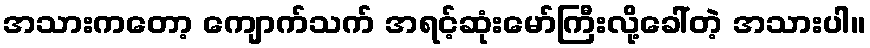
အသားကတော့ ကျောက်သက် အရင့်ဆုံးမော်ကြီးလို့ခေါ်တဲ့ အသားပါ။